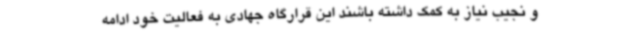
و نجیب نیاز به کمک داشته باشند این قرارگاه جهادی به فعالیت خود ادامه